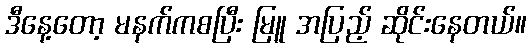
ဒီနေ့တော့ မနက်ကစပြီး မြူ အပြည့် ဆိုင်းနေတယ်။